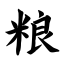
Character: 粮